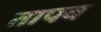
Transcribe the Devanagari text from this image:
तापव